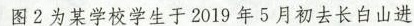
图 2 为某学校学生于2019年5月初去长白山进